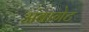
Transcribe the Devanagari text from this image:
अंबागेट